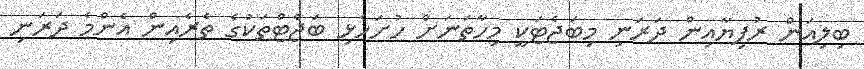
ބިލިއަން ރުފިޔާއިން ދަރަނި މިބަޖެޓަކީ މިހާތަނަށް ހުށަހެޅި ބަޖެޓްތަކުގެ ތެރެއިން އެންމެ ދަރަނި